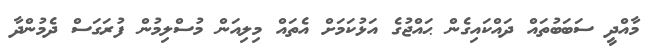
މާއްދީ ސަބަބުތައް ދައްކައިގެން ޙައްޖުގެ އަޅުކަމަށް އެތައް މިލިއަން މުސްލިމުން ފުރަގަސް ދެމުންދާ